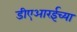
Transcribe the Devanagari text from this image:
डीएआरईच्या